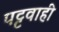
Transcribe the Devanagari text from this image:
पट्टवाही